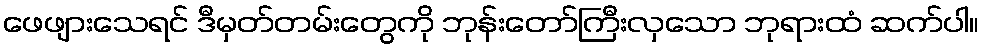
ဖေဖျားသေရင် ဒီမှတ်တမ်းတွေကို ဘုန်းတော်ကြီးလှသော ဘုရားထံ ဆက်ပါ။